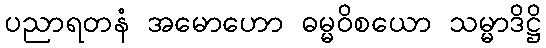
ပညာရတနံ အမောဟော ဓမ္မဝိစယော သမ္မာဒိဋ္ဌိ